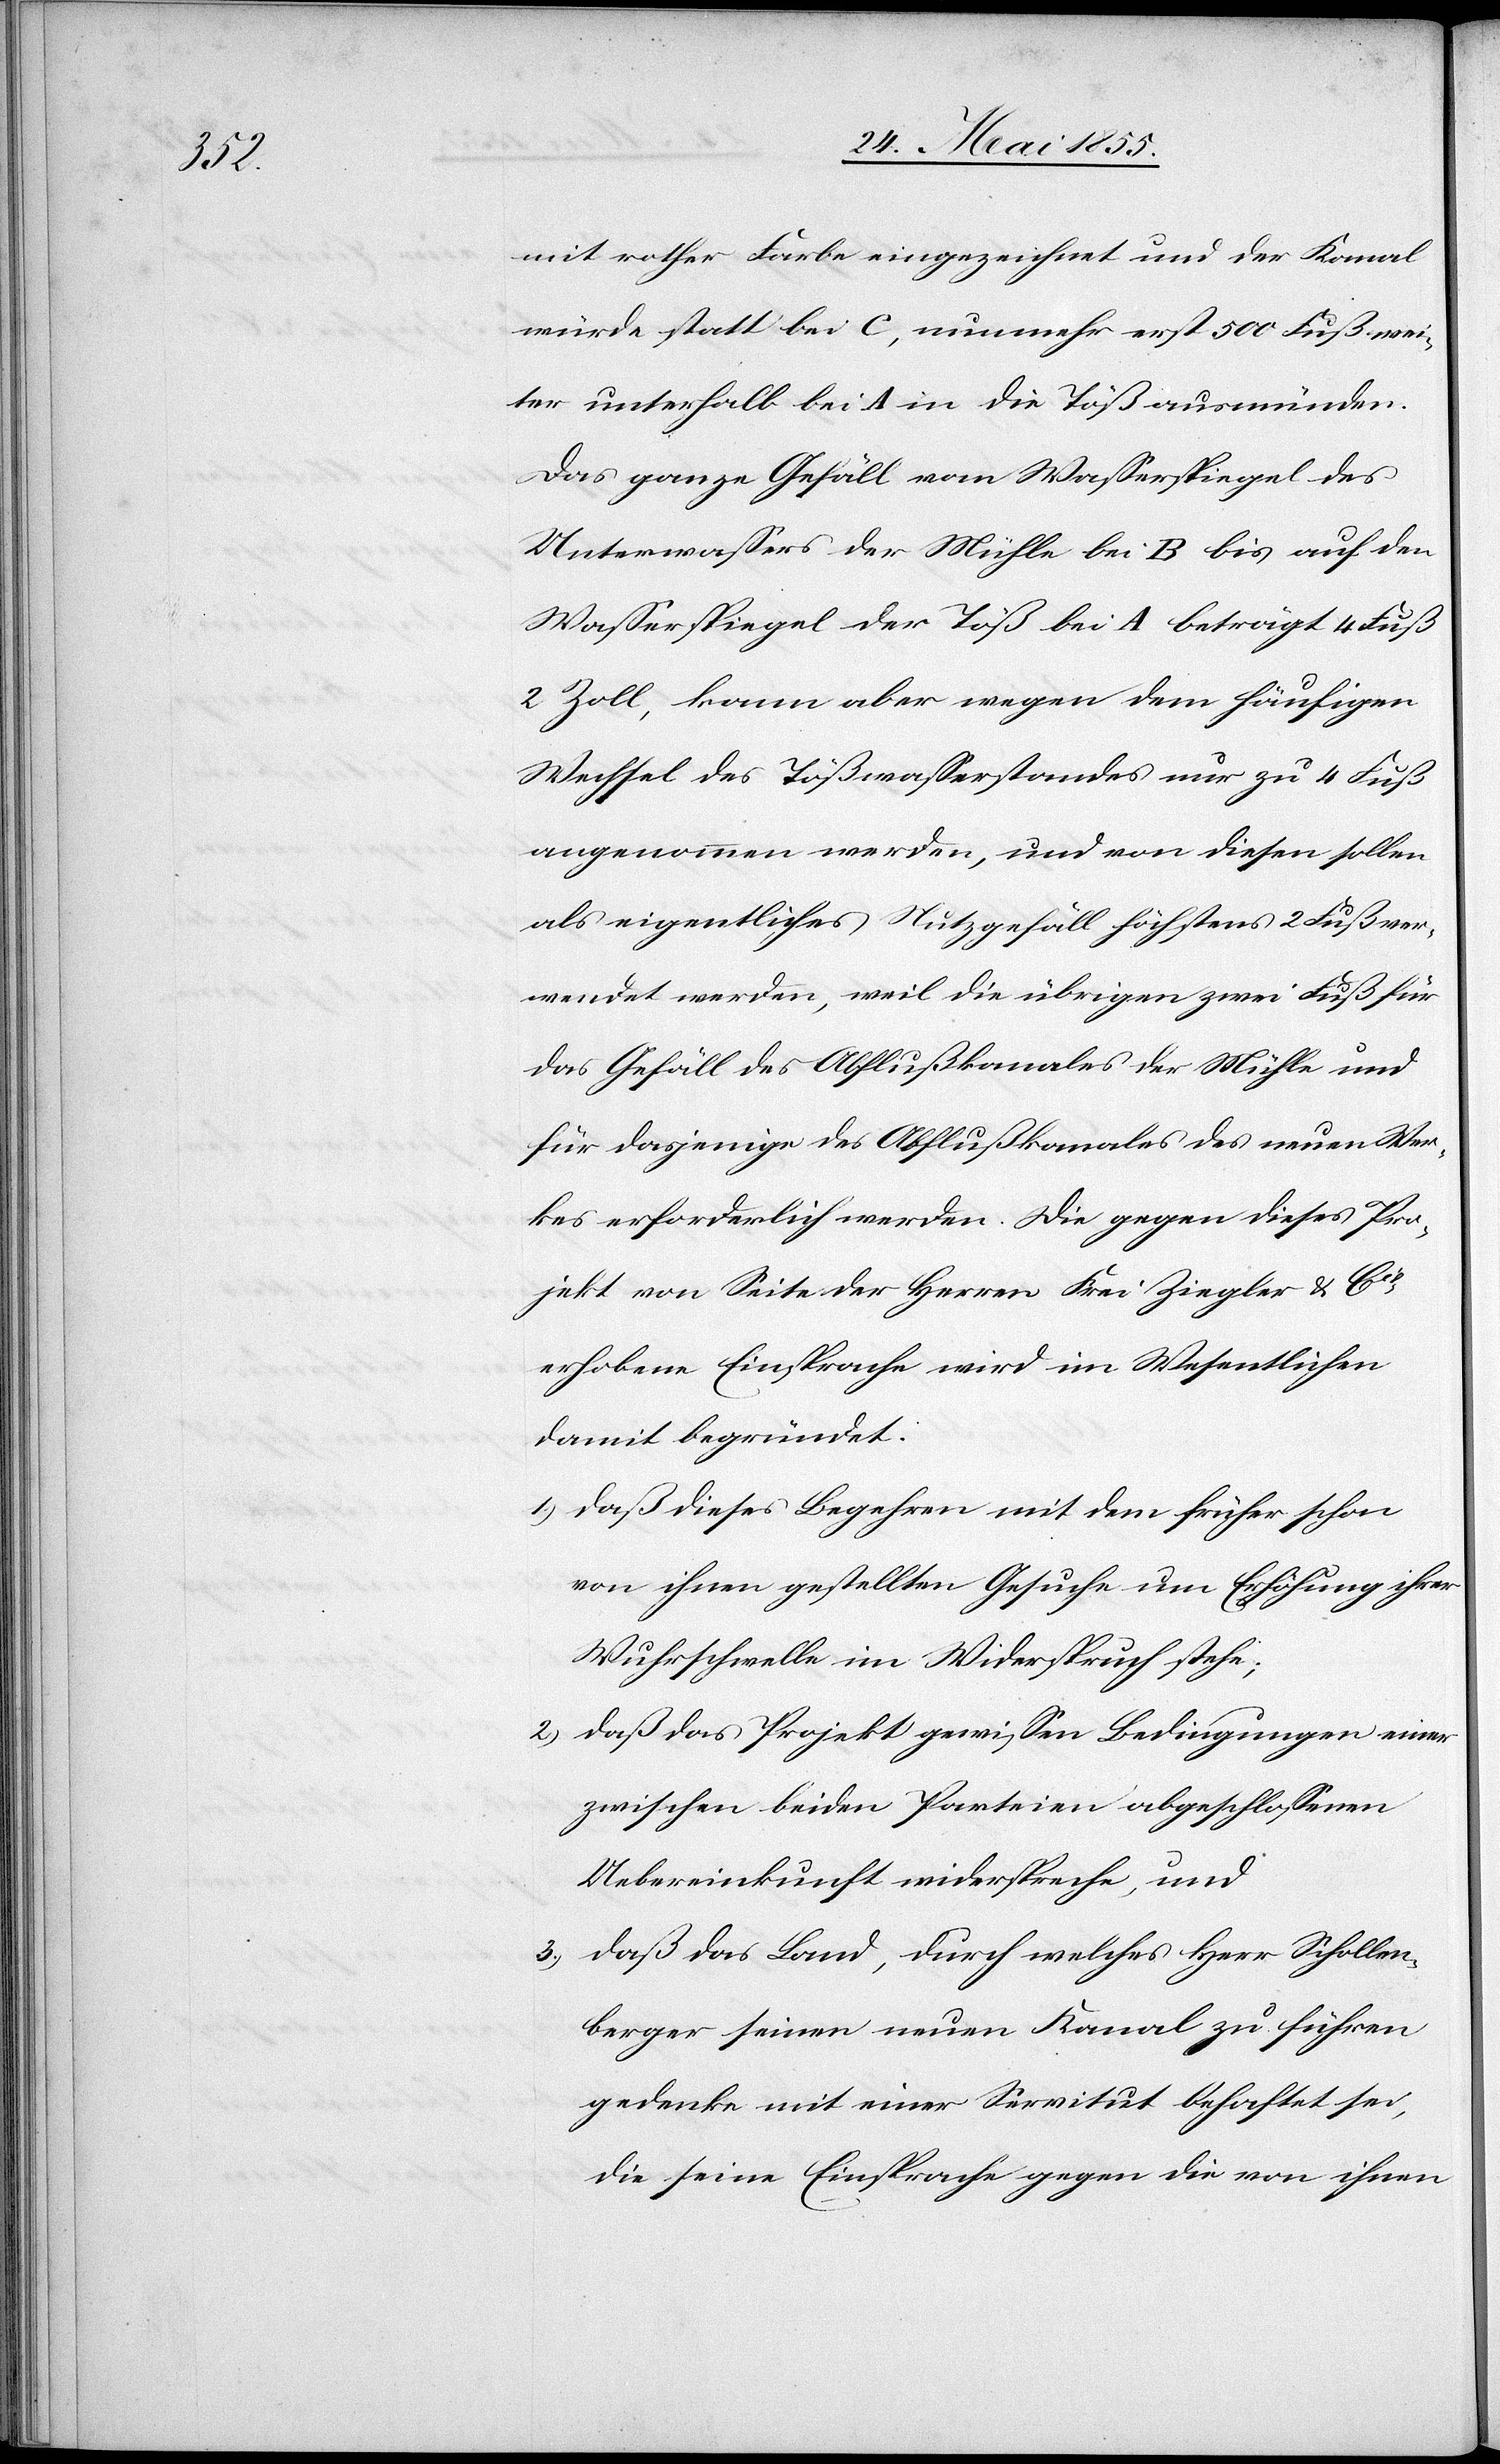
mit rother Farbe eingezeichnet und der Kanal
würde statt bei C, nunmehr erst 500 Fuß wei¬
ter unterhalb bei A in die Töß ausmünden.
Das ganze Gefäll vom Wasserspiegel des
Unterwassers der Mühle bei B bis auf den
Wasserspiegel der Töß bei A beträgt 4 Fuß
2 Zoll, kann aber wegen dem häufigen
Wechsel des Tößwasserstandes nur zu 4 Fuß
angenommen werden, und von diesen sollen
als eigentliches Nutzgefäll höchstens 2 Fuß ver¬
wendet werden, weil die übrigen zwei Fuß für
das Gefäll des Abflußkanales der Mühle und
für dasjenige des Abflußkanales des neuen Wer¬
kes erforderlich werden. Die gegen dieses Pro¬
jekt von Seite der Herren Frei Ziegler & Cie
erhobene Einsprache wird im Wesentlichen
damit begründet:
daß dieses Begehren mit dem früher schon
von ihnen gestellten Gesuche um Erhöhung ihrer
Wuhrschwelle im Widerspruch stehe;
daß das Projekt gewissen Bedingungen einer
zwischen beiden Parteien abgeschlossenen
Uebereinkunft widerspreche, und
daß das Land, durch welches Herr Schollen¬
berger seinen neuen Kanal zu führen
gedenke mit einer Servitut behaftet sei,
die seine Einsprache gegen die von ihnen